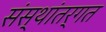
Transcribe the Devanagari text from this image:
संस्थांतर्गत